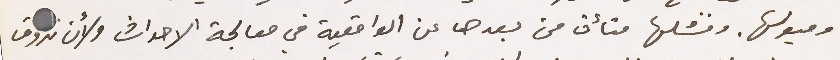
وميولها. وفشلها متأت من بعدها عن الواقعية في معالجة الاحداث ولأن تذوق